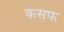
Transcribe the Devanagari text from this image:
कसफ